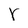
Character: r